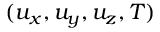
( u _ { x } , u _ { y } , u _ { z } , T )